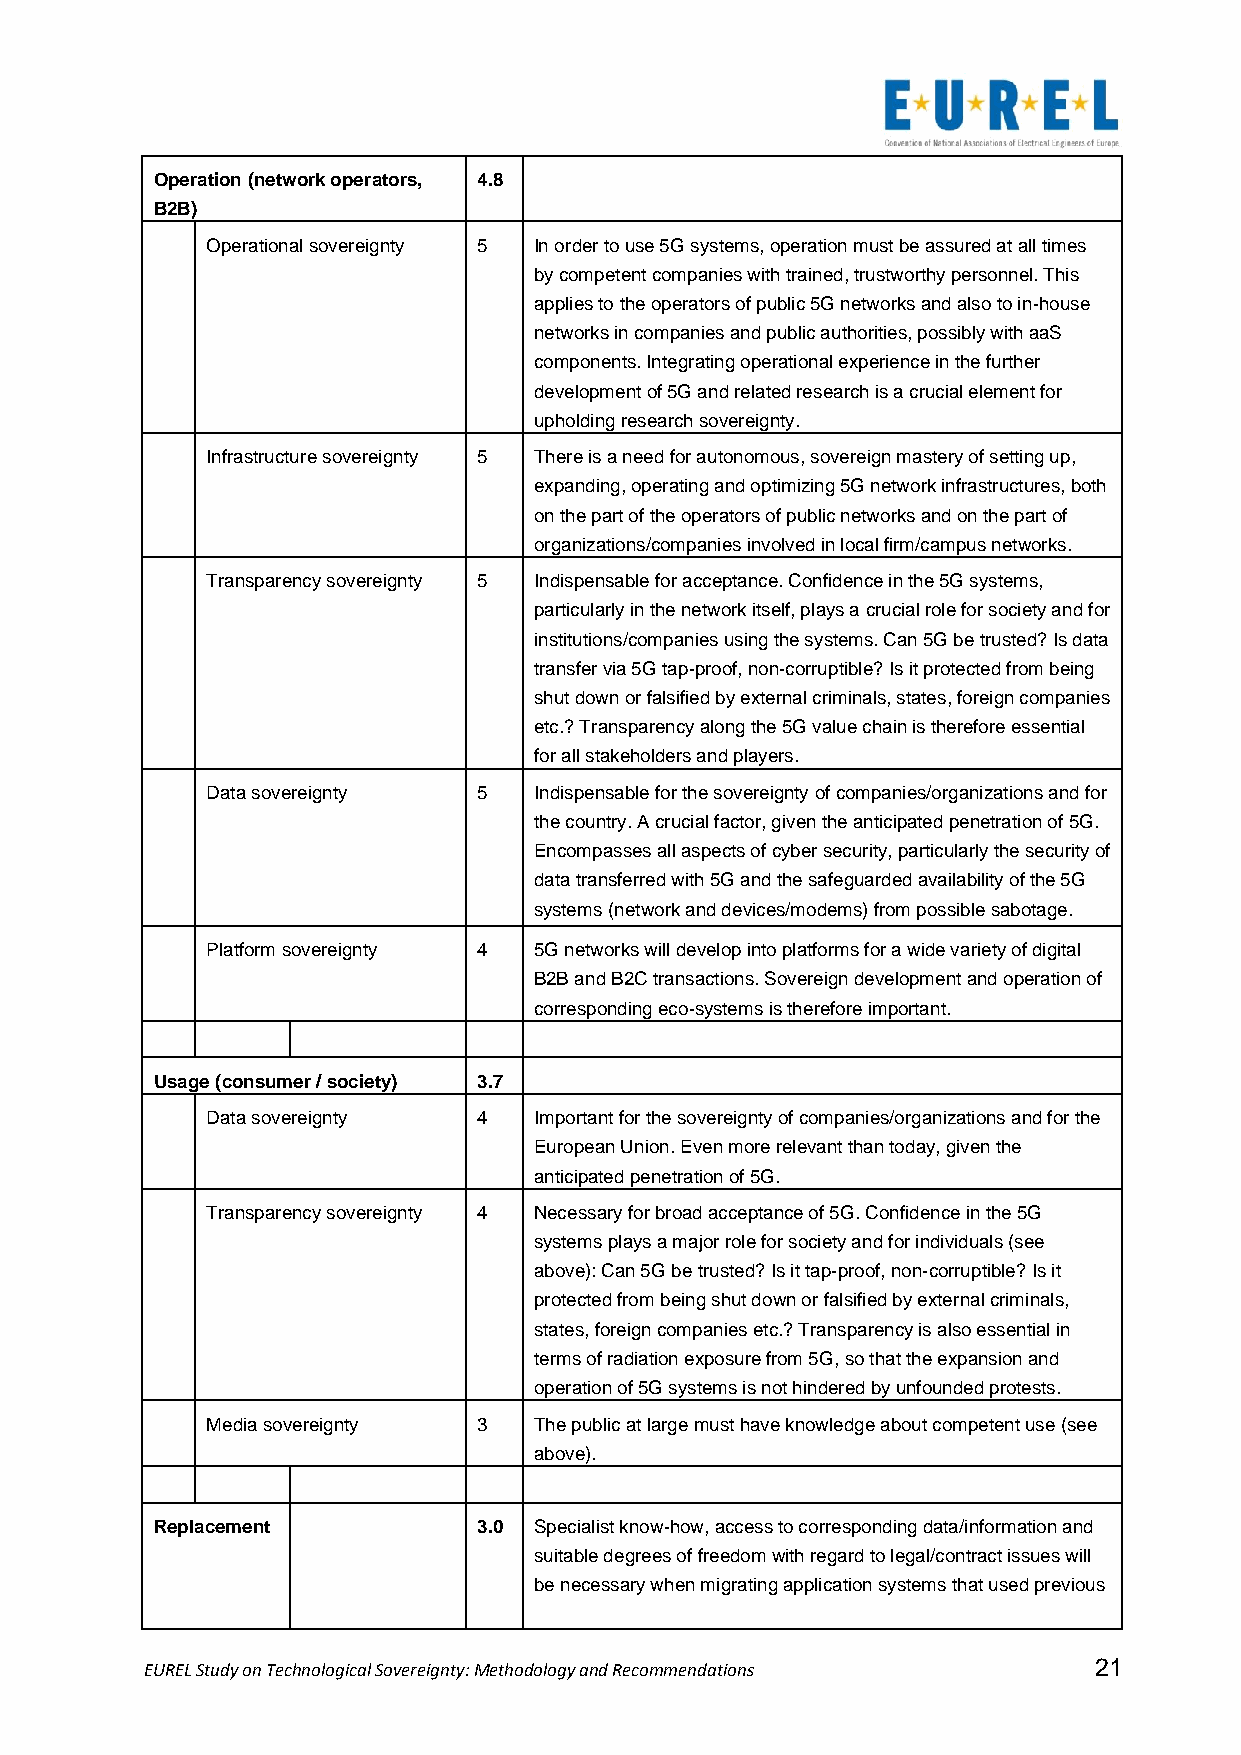
Operation (network operators, 4.8
 B2B)
 Operational sovereignty 5 In order to use 5G systems, operation must be assured at all times
 by competent companies with trained, trustworthy personnel. This
 applies to the operators of public 5G networks and also to in-house
 networks in companies and public authorities, possibly with aaS
 components. Integrating operational experience in the further
 development of 5G and related research is a crucial element for
 upholding research sovereignty.
 Infrastructure sovereignty 5 There is a need for autonomous, sovereign mastery of setting up,
 expanding, operating and optimizing 5G network infrastructures, both
 on the part of the operators of public networks and on the part of
 organizations/companies involved in local firm/campus networks.
 Transparency sovereignty 5 Indispensable for acceptance. Confidence in the 5G systems,
 particularly in the network itself, plays a crucial role for society and for
 institutions/companies using the systems. Can 5G be trusted? Is data
 transfer via 5G tap-proof, non-corruptible? Is it protected from being
 shut down or falsified by external criminals, states, foreign companies
 etc.? Transparency along the 5G value chain is therefore essential
 for all stakeholders and players.
 Data sovereignty  5  Indispensable for the sovereignty of companies/organizations and for
 the country. A crucial factor, given the anticipated penetration of 5G.
 Encompasses all aspects of cyber security, particularly the security of
 data transferred with 5G and the safeguarded availability of the 5G
 systems (network and devices/modems) from possible sabotage.
 Platform sovereignty 4 5G networks will develop into platforms for a wide variety of digital
 B2B and B2C transactions. Sovereign development and operation of
 corresponding eco-systems is therefore important.
 Usage (consumer / society) 3.7
 Data sovereignty  4  Important for the sovereignty of companies/organizations and for the
 European Union. Even more relevant than today, given the
 anticipated penetration of 5G.
 Transparency sovereignty 4 Necessary for broad acceptance of 5G. Confidence in the 5G
 systems plays a major role for society and for individuals (see
 above): Can 5G be trusted? Is it tap-proof, non-corruptible? Is it
 protected from being shut down or falsified by external criminals,
 states, foreign companies etc.? Transparency is also essential in
 terms of radiation exposure from 5G, so that the expansion and
 operation of 5G systems is not hindered by unfounded protests.
 Media sovereignty 3  The public at large must have knowledge about competent use (see
 above).
 Replacement           3.0 Specialist know-how, access to corresponding data/information and
 suitable degrees of freedom with regard to legal/contract issues will
 be necessary when migrating application systems that used previous
 EUREL Study on Technological Sovereignty: Methodology and Recommendations 21